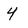
Character: 4